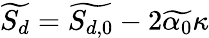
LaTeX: \widetilde{S_{d}}=\widetilde{S_{d,0}}-2\widetilde{\alpha_{0}}\kappa